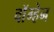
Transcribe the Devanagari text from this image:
वाॅग्हेन